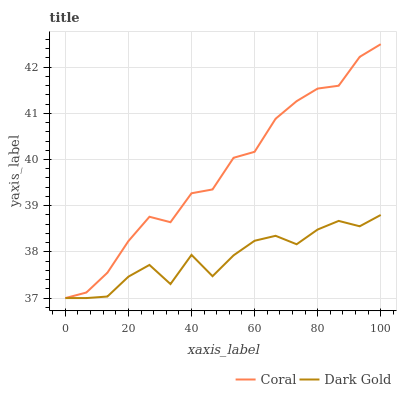
| xaxis_label | Coral | Dark Gold |
 | --- | --- | --- |
 | 0 | 37 | 37 |
 | 6.67 | 37.1 | 37 |
 | 13.3 | 37.5 | 37 |
 | 20 | 38.2 | 37.5 |
 | 26.7 | 38.8 | 37.7 |
 | 33.3 | 38.6 | 37.3 |
 | 40 | 39.3 | 37.9 |
 | 46.7 | 39.4 | 37.5 |
 | 53.3 | 40 | 37.9 |
 | 60 | 40.2 | 38.2 |
 | 66.7 | 40.9 | 38.3 |
 | 73.3 | 41.3 | 38.2 |
 | 80 | 41.5 | 38.5 |
 | 86.7 | 41.6 | 38.7 |
 | 93.3 | 42.2 | 38.6 |
 | 100 | 42.5 | 38.8 |